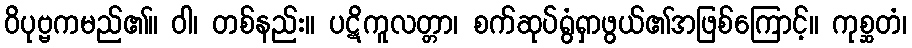
ဝိပုဗ္ဗကမည်၏။ ဝါ၊ တစ်နည်း။ ပဋိကူလတ္တာ၊ စက်ဆုပ်ရွံရှာဖွယ်၏အဖြစ်ကြောင့်။ ကုစ္ဆတံ၊